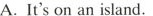
A.It's on an island.